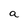
Character: a